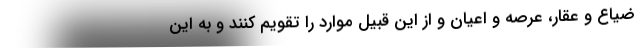
ضیاع و عقار، عرصه و اعیان و از این قبیل موارد را تقویم کنند و به این